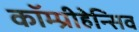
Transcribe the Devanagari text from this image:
कॉम्प्रीहेन्सिव